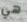
هي